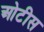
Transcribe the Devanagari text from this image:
ओटीस